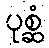
ပုစ္ဆံ